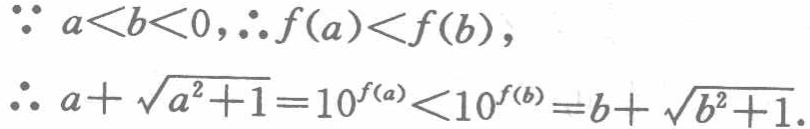
\(\because a < b < 0,\therefore f(a)<f(b),\)

\(\therefore a+\sqrt{a^{2}+1}=10^{f(a)}<10^{f(b)}=b+\sqrt{b^{2}+1}.\)